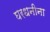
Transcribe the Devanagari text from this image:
घरधनीना